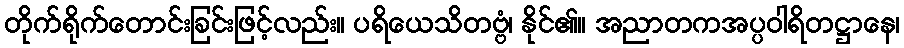
တိုက်ရိုက်တောင်းခြင်းဖြင့်လည်း။ ပရိယေသိတဗ္ဗံ၊ နိုင်၏။ အညာတကအပ္ပဝါရိတဋ္ဌာနေ၊